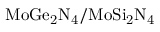
\mathrm { M o G e _ { 2 } N _ { 4 } / M o S i _ { 2 } N _ { 4 } }